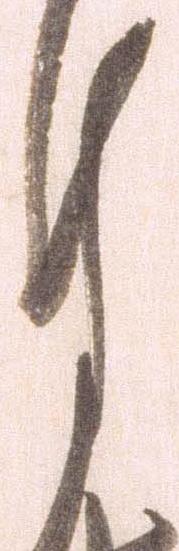
月